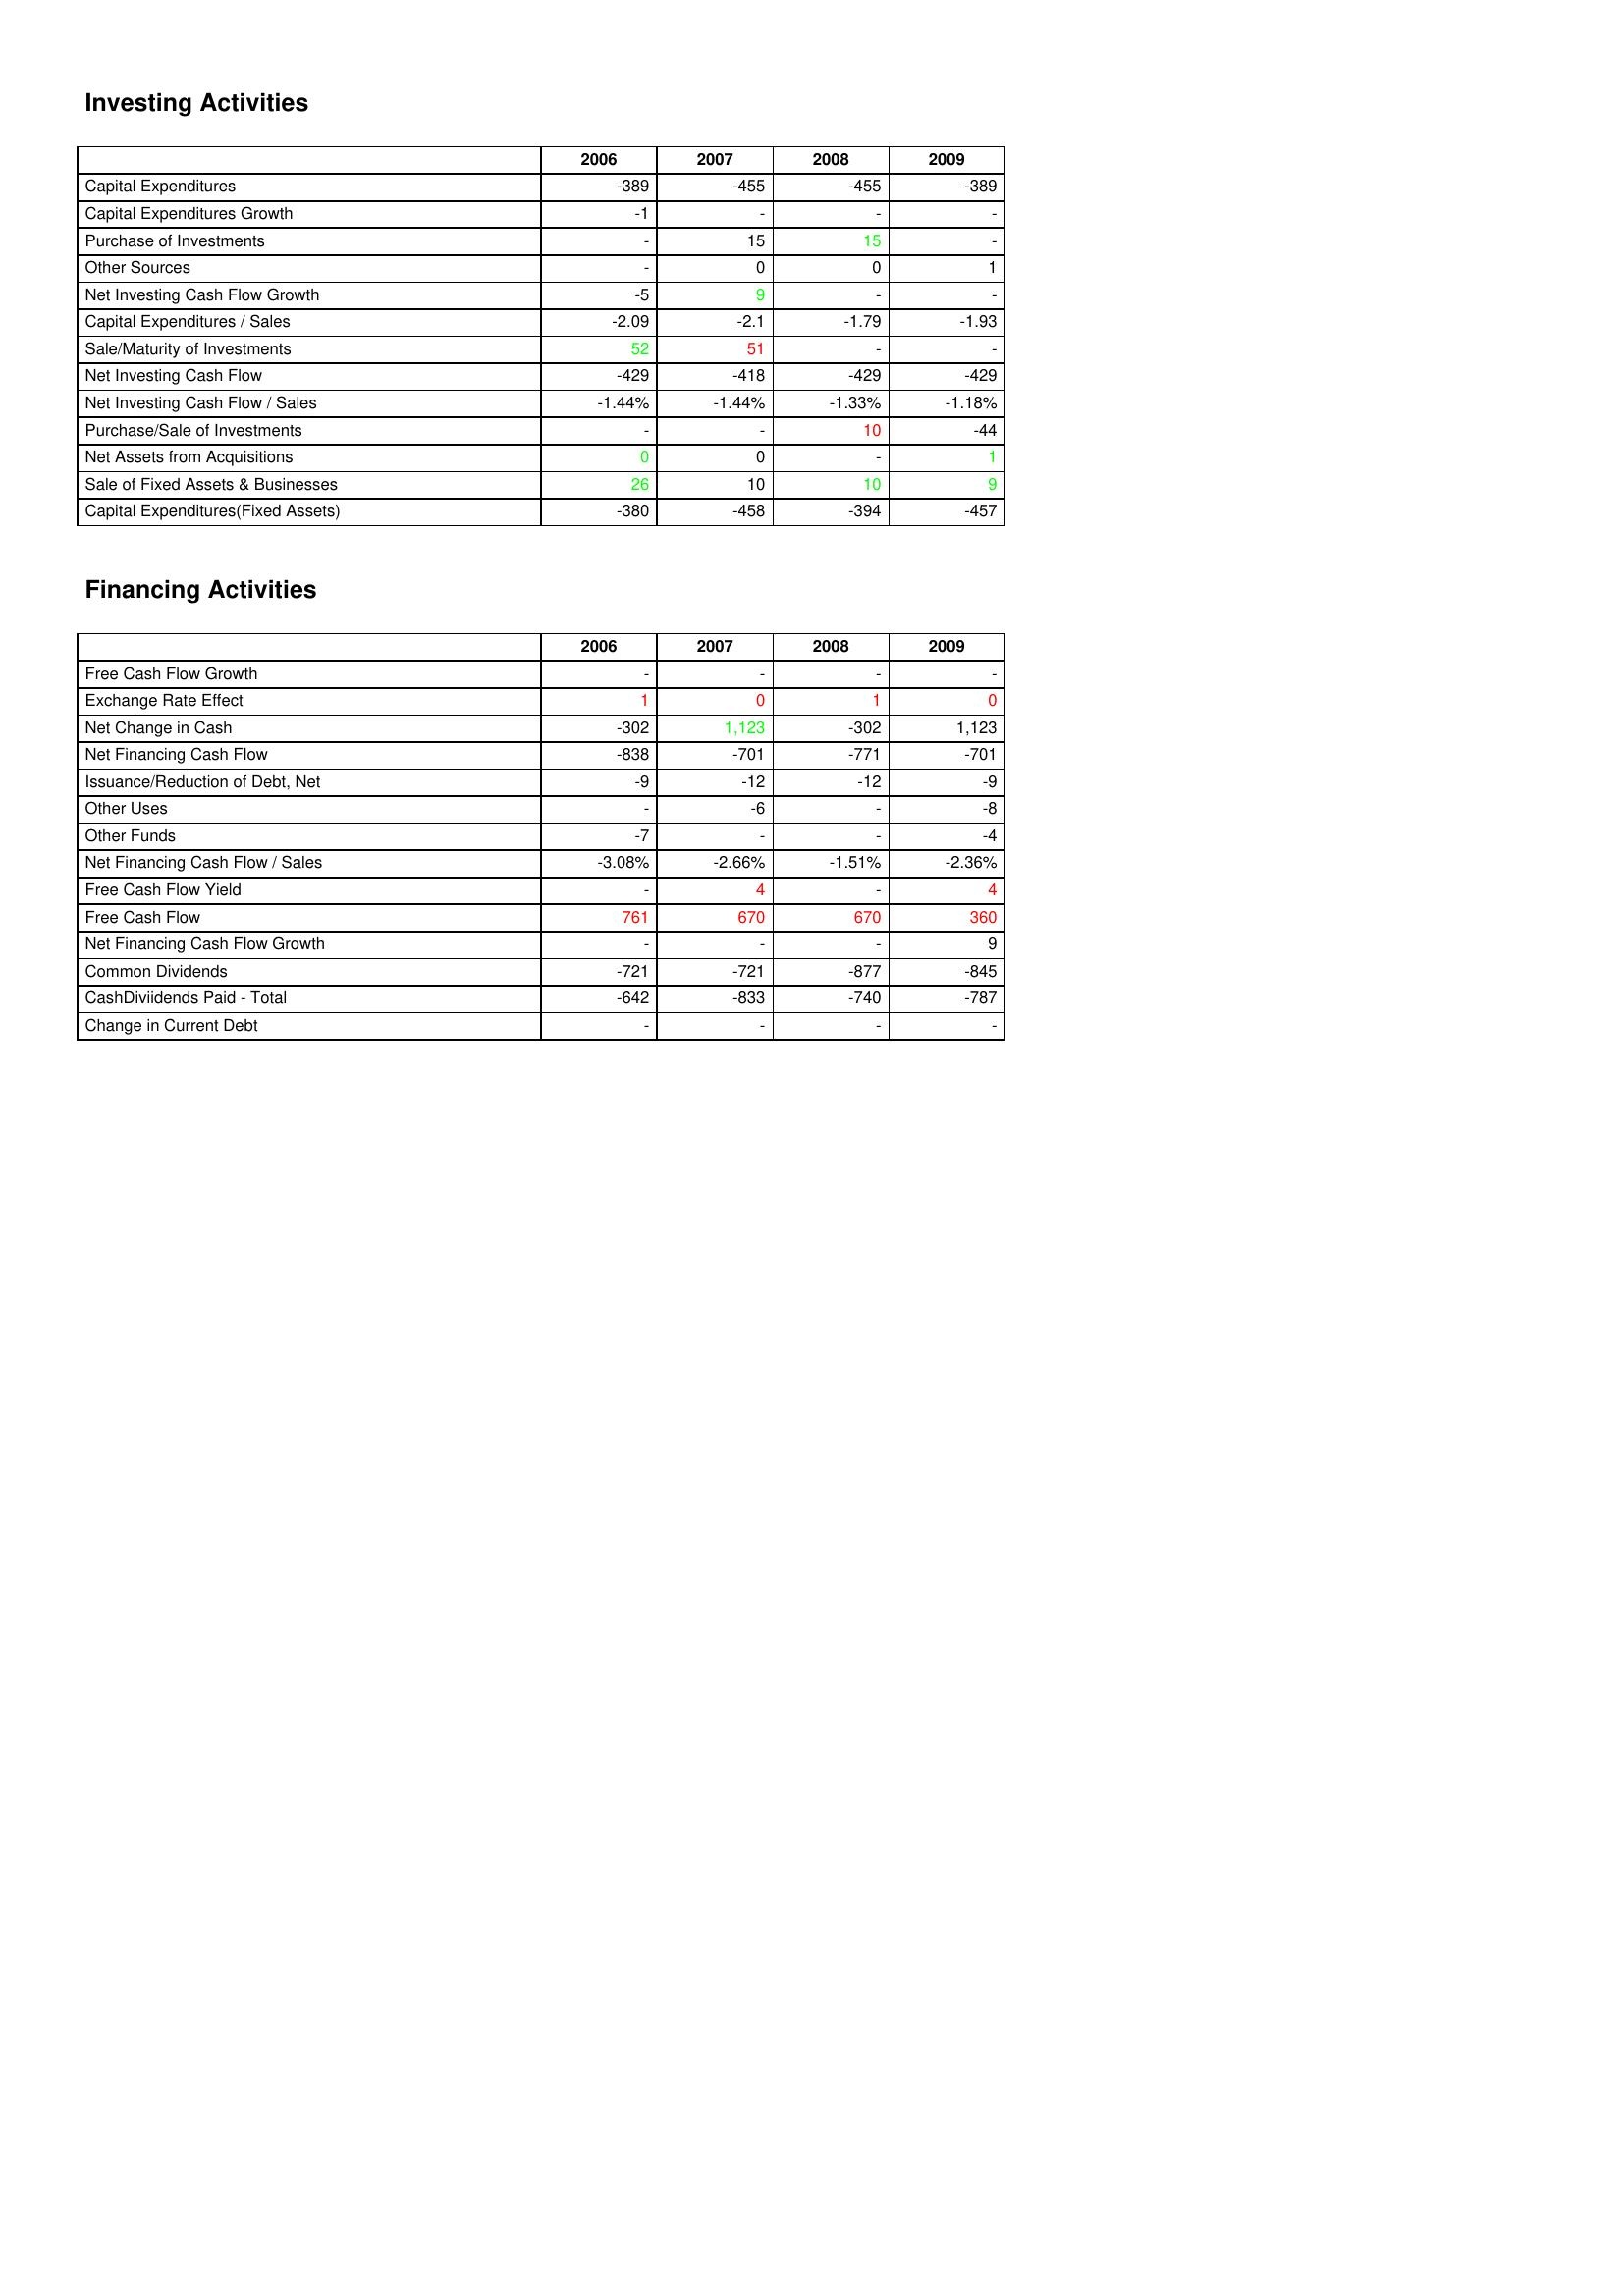
gt_parse: 2006: Investing Activities: Capital Expenditures: -389
Capital Expenditures Growth: -1
Purchase of Investments: -
Other Sources: -
Net Investing Cash Flow Growth: -5
Capital Expenditures / Sales: -2.09
Sale/Maturity of Investments: 52
Net Investing Cash Flow: -429
Net Investing Cash Flow / Sales: -1.44%
Purchase/Sale of Investments: -
Net Assets from Acquisitions: 0
Sale of Fixed Assets & Businesses: 26
Capital Expenditures(Fixed Assets): -380
Financing Activities: Free Cash Flow Growth: -
Exchange Rate Effect: 1
Net Change in Cash: -302
Net Financing Cash Flow: -838
Issuance/Reduction of Debt, Net: -9
Other Uses: -
Other Funds: -7
Net Financing Cash Flow / Sales: -3.08%
Free Cash Flow Yield: -
Free Cash Flow: 761
Net Financing Cash Flow Growth: -
Common Dividends: -721
CashDiviidends Paid - Total: -642
Change in Current Debt: -
2007: Investing Activities: Capital Expenditures: -455
Capital Expenditures Growth: -
Purchase of Investments: 15
Other Sources: 0
Net Investing Cash Flow Growth: 9
Capital Expenditures / Sales: -2.1
Sale/Maturity of Investments: 51
Net Investing Cash Flow: -418
Net Investing Cash Flow / Sales: -1.44%
Purchase/Sale of Investments: -
Net Assets from Acquisitions: 0
Sale of Fixed Assets & Businesses: 10
Capital Expenditures(Fixed Assets): -458
Financing Activities: Free Cash Flow Growth: -
Exchange Rate Effect: 0
Net Change in Cash: 1,123
Net Financing Cash Flow: -701
Issuance/Reduction of Debt, Net: -12
Other Uses: -6
Other Funds: -
Net Financing Cash Flow / Sales: -2.66%
Free Cash Flow Yield: 4
Free Cash Flow: 670
Net Financing Cash Flow Growth: -
Common Dividends: -721
CashDiviidends Paid - Total: -833
Change in Current Debt: -
2008: Investing Activities: Capital Expenditures: -455
Capital Expenditures Growth: -
Purchase of Investments: 15
Other Sources: 0
Net Investing Cash Flow Growth: -
Capital Expenditures / Sales: -1.79
Sale/Maturity of Investments: -
Net Investing Cash Flow: -429
Net Investing Cash Flow / Sales: -1.33%
Purchase/Sale of Investments: 10
Net Assets from Acquisitions: -
Sale of Fixed Assets & Businesses: 10
Capital Expenditures(Fixed Assets): -394
Financing Activities: Free Cash Flow Growth: -
Exchange Rate Effect: 1
Net Change in Cash: -302
Net Financing Cash Flow: -771
Issuance/Reduction of Debt, Net: -12
Other Uses: -
Other Funds: -
Net Financing Cash Flow / Sales: -1.51%
Free Cash Flow Yield: -
Free Cash Flow: 670
Net Financing Cash Flow Growth: -
Common Dividends: -877
CashDiviidends Paid - Total: -740
Change in Current Debt: -
2009: Investing Activities: Capital Expenditures: -389
Capital Expenditures Growth: -
Purchase of Investments: -
Other Sources: 1
Net Investing Cash Flow Growth: -
Capital Expenditures / Sales: -1.93
Sale/Maturity of Investments: -
Net Investing Cash Flow: -429
Net Investing Cash Flow / Sales: -1.18%
Purchase/Sale of Investments: -44
Net Assets from Acquisitions: 1
Sale of Fixed Assets & Businesses: 9
Capital Expenditures(Fixed Assets): -457
Financing Activities: Free Cash Flow Growth: -
Exchange Rate Effect: 0
Net Change in Cash: 1,123
Net Financing Cash Flow: -701
Issuance/Reduction of Debt, Net: -9
Other Uses: -8
Other Funds: -4
Net Financing Cash Flow / Sales: -2.36%
Free Cash Flow Yield: 4
Free Cash Flow: 360
Net Financing Cash Flow Growth: 9
Common Dividends: -845
CashDiviidends Paid - Total: -787
Change in Current Debt: -